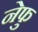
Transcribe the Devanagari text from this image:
नेफु